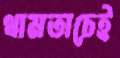
থামতাচেই